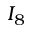
I _ { 8 }